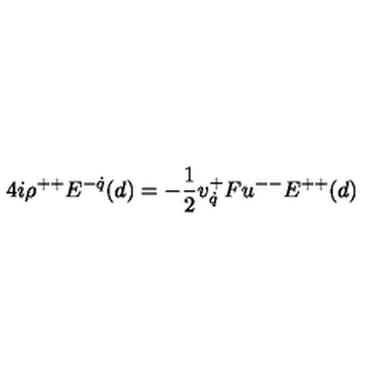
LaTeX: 4 i \rho ^ { + + } E ^ { - \dot { q } } ( d ) = - { \frac { 1 } { 2 } } v _ { \dot { q } } ^ { + } F u ^ { -- } E ^ { + + } ( d )